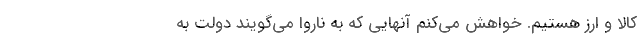
کالا و ارز هستیم. خواهش می‌کنم آنهایی که به ناروا می‌گویند دولت به